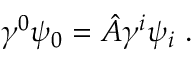
\gamma ^ { 0 } \psi _ { 0 } = \hat { A } \gamma ^ { i } \psi _ { i } \ .